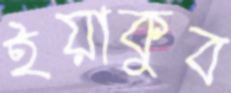
ইয়াকুব